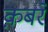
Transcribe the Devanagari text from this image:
क़बरें